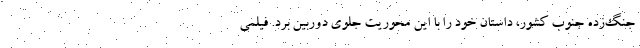
جنگ‌زده جنوب کشور، داستان خود را با این محوریت جلوی دوربین برد. فیلمی